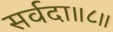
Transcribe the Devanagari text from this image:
सर्वदा॥८॥